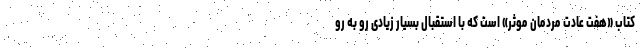
کتاب «هفت عادت مردمان موثر» است که با استقبال بسیار زیادی رو به رو